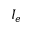
I _ { e }